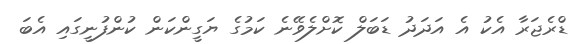
ޑްރެޖަރާ އެކު އެ އަދަދު ޑަބަލް ކޮށްލެވޭނެ ކަމުގެ ޔަގީންކަން ކުންފުނީގައި އެބަ